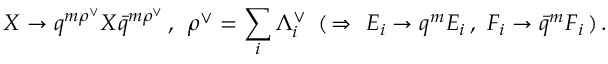
X \to q ^ { m { \rho } ^ { \vee } } X { \bar { q } } ^ { m { \rho } ^ { \vee } } \, , \, \, \, { \rho } ^ { \vee } = \sum _ { i } { \Lambda } _ { i } ^ { \vee } \, \, \, ( \, \Rightarrow \, \, E _ { i } \to q ^ { m } E _ { i } \, , \, \, F _ { i } \to { \bar { q } } ^ { m } F _ { i } \, ) \, .